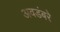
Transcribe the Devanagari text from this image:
अवडंबरे